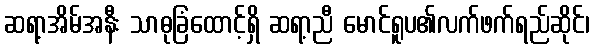
ဆရာ့အိမ်အနီး သာဓုခြံထောင့်ရှိ ဆရာ့ညီ မောင်ရူပ၏လက်ဖက်ရည်ဆိုင်၊